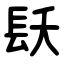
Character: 镺